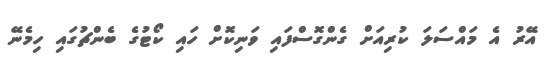
އޭރު އެ މައްސަލަ ކުރިއަށް ގެންގޮސްފައި ވަނިކޮށް ހައި ކޯޓުގެ ބެންޗުގައި ހިމެނޭ